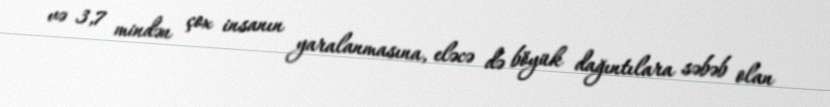
və 3,7 mindən çox insanın yaralanmasına, eləcə də böyük dağıntılara səbəb olan